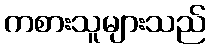
ကစားသူများသည်